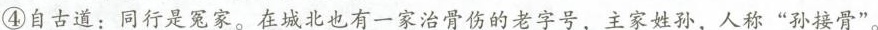
④自古道：同行是冤家。在城北也有一家治骨伤的老字号，主家姓孙，人称”孙接骨”。